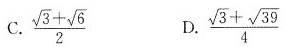
C. $$\frac { \sqrt { 3 } + \sqrt { 6 } } { 2 }$$ D. $$\frac { \sqrt { 3 } + \sqrt { 3 9 } } { 4 }$$